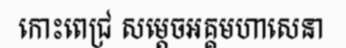
កោះពេជ្រ សម្តេចអគ្គមហាសេនា